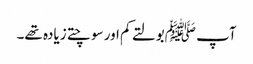
آپ ﷺبولتے کم اور سوچتے زیادہ تھے۔